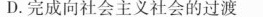
D.完成向社会主义社会的过渡